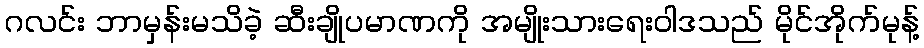
ဂလင်း ဘာမှန်းမသိခဲ့ ဆီးချိုပမာဏကို အမျိုးသားရေးဝါဒသည် မိုင်အိုက်မုန့်